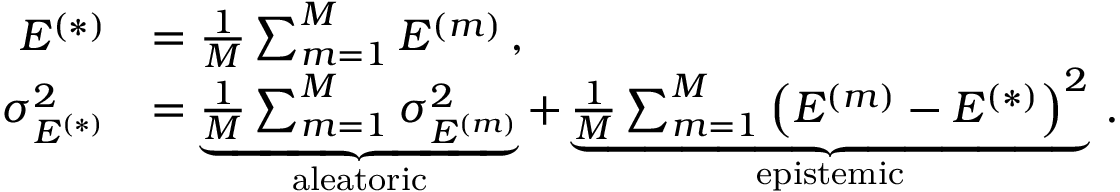
\begin{array} { r l } { E ^ { ( * ) } } & { = \frac { 1 } { M } \sum _ { m = 1 } ^ { M } E ^ { ( m ) } \, , } \\ { \sigma _ { E ^ { ( * ) } } ^ { 2 } } & { = \underbrace { \frac { 1 } { M } \sum _ { m = 1 } ^ { M } \sigma _ { E ^ { ( m ) } } ^ { 2 } } _ { \mathrm { a l e a t o r i c } } + \underbrace { \frac { 1 } { M } \sum _ { m = 1 } ^ { M } \left( E ^ { ( m ) } - E ^ { ( * ) } \right) ^ { 2 } } _ { \mathrm { e p i s t e m i c } } \, . } \end{array}